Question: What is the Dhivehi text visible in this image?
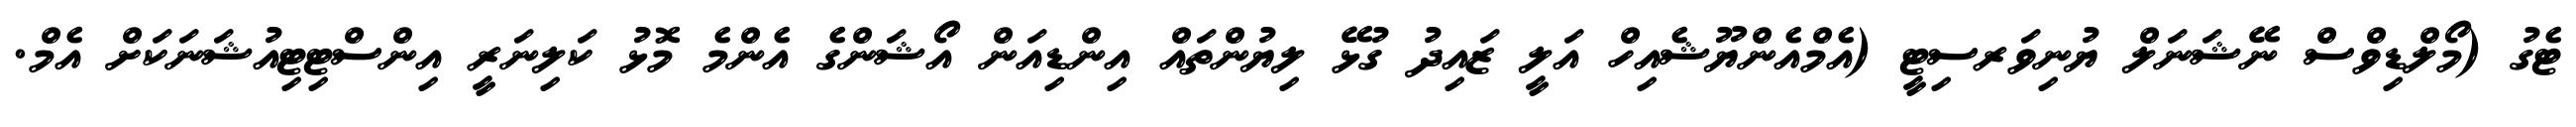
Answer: ޓެގު (މޯލްޑިވްސް ނޭޝަނަލް ޔުނިވަރސިޓީ (އެމްއެންޔޫޝެއިހް އަލީ ޒައިދު ގުޅޭ ލިޔުންތައް އިންޑިއަން އޯޝަންގެ އެންމެ މޮޅު ކަލިނަރީ އިންސްޓިޓިއުޝަނަކަށް އެމް.